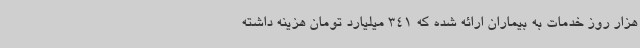
هزار روز خدمات به بیماران ارائه شده که 341 میلیارد تومان هزینه داشته‌